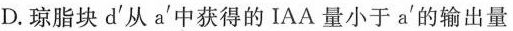
D. 琼脂块d^{'} 从a^{'} 中获得的IAA量小于a^{'} 的输出量